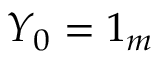
Y _ { 0 } = \boldsymbol { 1 } _ { m }